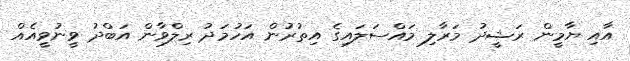
އާއި ޔާމީން ރަޝީދު މަރާލި މައްސަލައިގެ އިތުރުން އަހުމަދު ރިލްވާން އަބްދު ވީނުވީއެއް